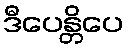
ဒီပေန္တိပေ